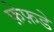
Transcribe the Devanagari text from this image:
फ़ेफ़डे